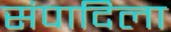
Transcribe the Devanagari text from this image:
संपादिला